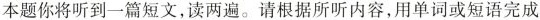
本题你将听到一篇短文,读两遍。请根据所听内容,用单词或短语完成